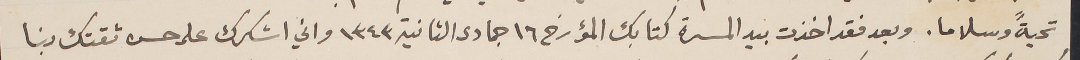
تحيةً وسلاما. وبعد فقد اخذت بيد المسرة كتابك المؤرخ ١٦ جمادى الثانية ١٣٤٣ واني اشكرك على حسن ثقتك بنا